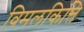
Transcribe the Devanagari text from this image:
विमलकित्ति